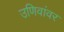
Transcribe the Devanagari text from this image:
उणिवांवर